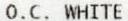
O.C. WHITE